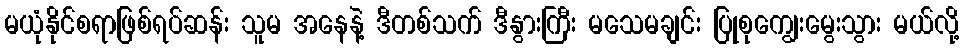
မယုံနိုင်စရာဖြစ်ရပ်ဆန်း သူမ အနေနဲ့ ဒီတစ်သက် ဒီနွားကြီး မသေမချင်း ပြုစုကျွေးမွေးသွား မယ်လို့